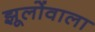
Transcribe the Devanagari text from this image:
झूलोंवाला